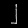
Digit: ၂